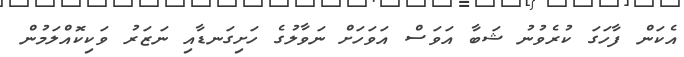
އެކަން ފާހަގަ ކުރެވުނު ޝަބާ އަވަސް އަވަހަށް ނަވާލުގެ ހަށިގަނޑާއި ނަޒަރު ވަކިކޮއްލަމުން